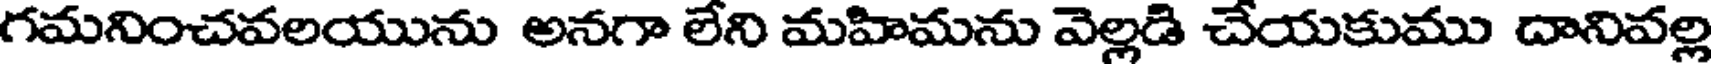
గమనించవలయును అనగా లేని మహిమను వెల్లడి చేయకుము దానివల్ల